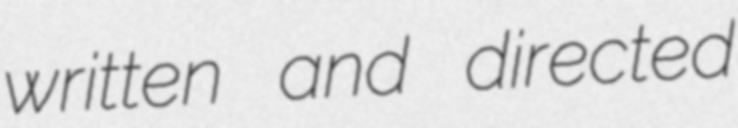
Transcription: written and directed